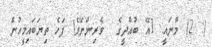
(: 2) މާނައީ: [އޭ ބުއްދީގެ  ވެރިންނޭވެ! ފަހެ ތިޔަބައިމީހުން